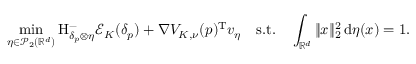
\operatorname* { m i n } _ { \eta \in \mathcal { P } _ { 2 } ( \mathbb { R } ^ { d } ) } \mathrm H _ { \delta _ { p } \otimes \eta } ^ { - } \mathcal E _ { K } ( \delta _ { p } ) + \nabla V _ { K , \nu } ( p ) ^ { \mathrm { T } } v _ { \eta } \quad \mathrm { s . t . } \quad \int _ { \mathbb { R } ^ { d } } \| x \| _ { 2 } ^ { 2 } \, \mathrm { d } \eta ( x ) = 1 .